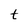
Character: t